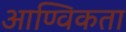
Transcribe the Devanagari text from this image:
आण्विकता